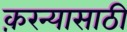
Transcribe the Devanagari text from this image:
क़रन्यासाठी